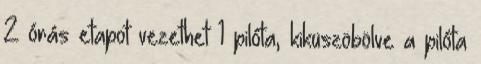
2 órás etapot vezethet 1 pilóta, kiküszöbölve a pilóta